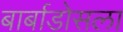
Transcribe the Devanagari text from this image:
बार्बाडोसला